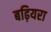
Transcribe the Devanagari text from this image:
बढ़ियरा